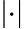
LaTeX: \left|\cdot\right|